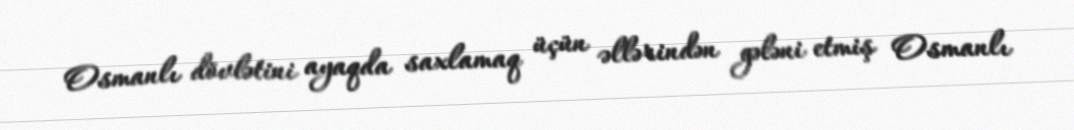
Osmanlı dövlətini ayaqda saxlamaq üçün əllərindən gələni etmiş Osmanlı